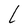
Character: L